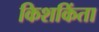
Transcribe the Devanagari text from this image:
किशकिंता